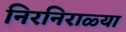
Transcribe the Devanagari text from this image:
निरनिराळ्या